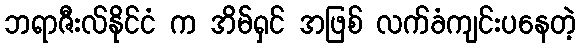
ဘရာဇီးလ်နိုင်ငံ က အိမ်ရှင် အဖြစ် လက်ခံကျင်းပနေတဲ့